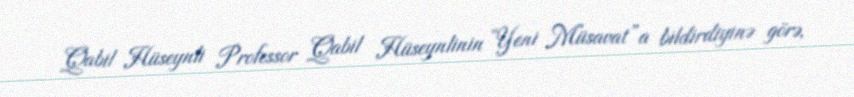
Qabil Hüseynli Professor Qabil Hüseynlinin “Yeni Müsavat”a bildirdiyinə görə,